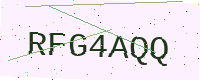
Text: RFG4AQQ